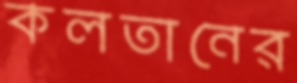
কলতানের